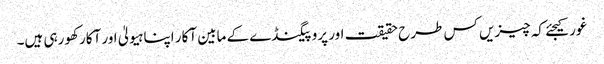
غور کیجئے کہ چیزیں کس طرح حقیقت اور پروپیگنڈے کے مابین آکار اپنا ہیولیٰ اور آکار کھورہی ہیں۔